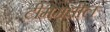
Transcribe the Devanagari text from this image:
टीममधील